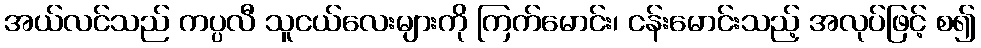
အယ်လင်သည် ကပ္ပလီ သူငယ်လေးများကို ကြက်မောင်း၊ ငန်းမောင်းသည့် အလုပ်ဖြင့် စ၍